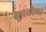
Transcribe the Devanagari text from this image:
युवतीला